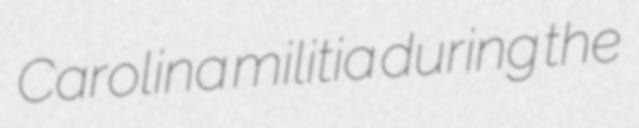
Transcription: Carolina militia during the